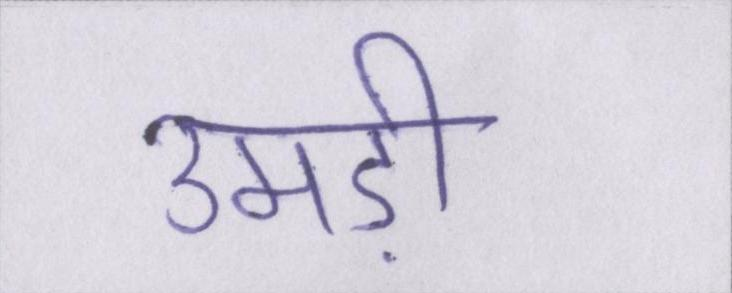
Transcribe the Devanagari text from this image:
उमड़ी